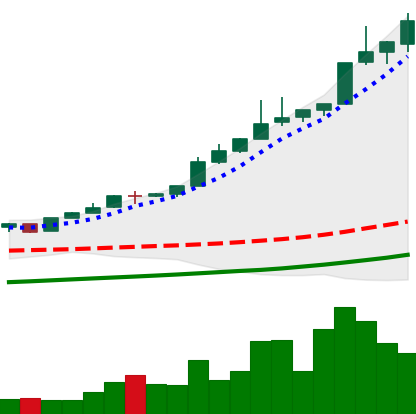
Ticker: BTC-USD
Chart end date: 2017-05-11
Forward return: -6.173%
Label: down_5_7